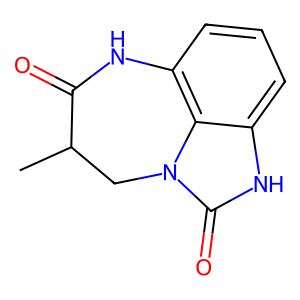
SMILES: CC1Cn2c(=O)[nH]c3cccc(c32)NC1=O
Inhibits HIV replication: No